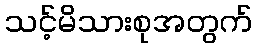
သင့်မိသားစုအတွက်